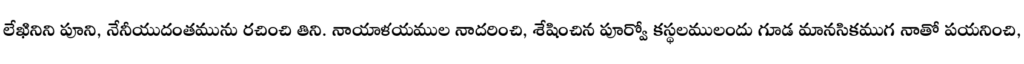
లేఖినిని పూని, నేనీయుదంతమును రచించి తిని. నాయాళయముల నాదరించి, శేషించిన పూర్వో కస్థలములందు గూడ మానసికముగ నాతో పయనించి,